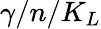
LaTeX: \gamma/n/K_{L}